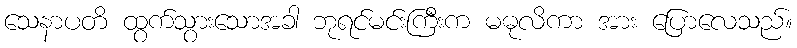
သေနာပတိ ထွက်သွားသောအခါ ဘုရင်မင်းကြီးက မဓုလိကာ အား ပြောလေသည်။